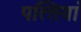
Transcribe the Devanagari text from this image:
पत्‍तियां